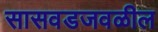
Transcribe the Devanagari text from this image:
सासवडजवळील